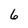
Character: 6